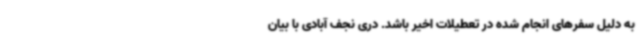
به دلیل سفرهای انجام شده در تعطیلات اخیر باشد. دری نجف آبادی با بیان